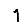
Digit: 1